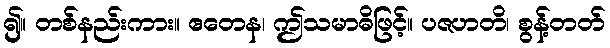
၍။ တစ်နည်းကား။ ဧတေန၊ ဤသမာဓိဖြင့်။ ပဇဟတိ၊ စွန့်တတ်